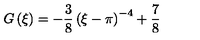
G \left( \xi \right) = - \frac { 3 } { 8 } \left( \xi - \pi \right) ^ { - 4 } + \frac { 7 } { 8 } \,